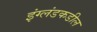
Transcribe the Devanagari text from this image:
इंग्लंडकडील